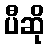
ပီဆို